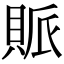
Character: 𧵬